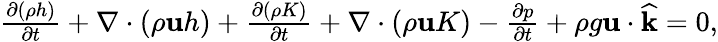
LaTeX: \begin{array}{r}{\frac{\partial(\rho h)}{\partial t}+\nabla\cdot(\rho\mathbf uh)+\frac{\partial(\rho K)}{\partial t}+\nabla\cdot(\rho\mathbf uK)-\frac{\partial p}{\partial t}+\rho g\mathbf u\cdot\widehat{\mathbf k}=0,}\end{array}